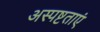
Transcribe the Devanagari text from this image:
अस्पष्टताएं